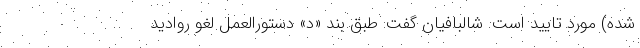
شده) مورد تایید است. شالبافیان گفت: طبق بند «د» دستورالعمل لغو روادید